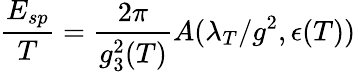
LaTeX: \frac{E_{sp}}{T}=\frac{2\pi}{g_{3}^{2}(T)}A(\lambda_{T}/g^{2},\epsilon(T))